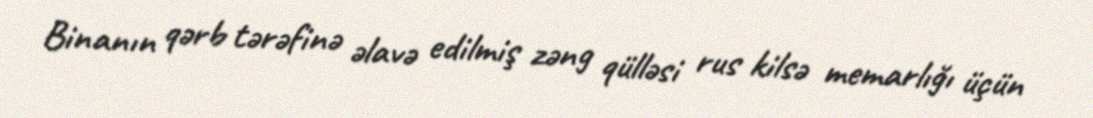
Binanın qərb tərəfinə əlavə edilmiş zəng qülləsi rus kilsə memarlığı üçün